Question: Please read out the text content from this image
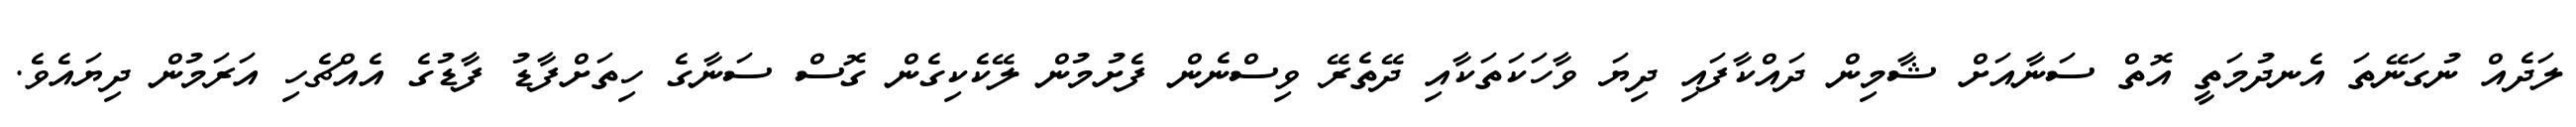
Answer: ލަދެއް ނުގަނޭތަ އެނދުމަތީ އޮތް ސަނާއަށް ޝާމިން ދައްކާފައި ދިޔަ ވާހަކަތަކާއި ދޭތެރޭ ވިސްނެން ފެށުމުން ލޭކެކިގެން ގޮސް ސަނާގެ ހިތަށްފާޑު ފާޑުގެ އެއްޗެހި އަރަމުން ދިޔައެވެ.